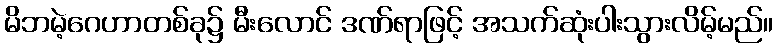
မိဘမဲ့ဂေဟာတစ်ခု၌ မီးလောင် ဒဏ်ရာဖြင့် အသက်ဆုံးပါးသွားလိမ့်မည်။